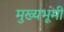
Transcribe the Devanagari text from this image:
मुख्यभूमी